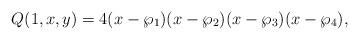
LaTeX: \begin{align*}Q(1,x,y)=4(x-\wp_1)(x-\wp_2)(x-\wp_3)(x-\wp_4),\end{align*}